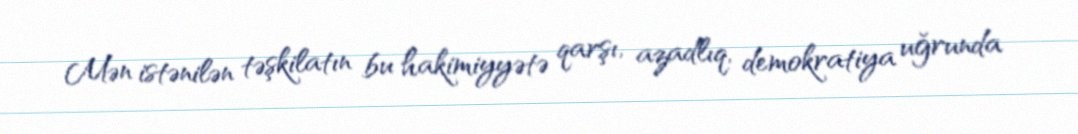
Mən istənilən təşkilatın bu hakimiyyətə qarşı, azadlıq, demokratiya uğrunda